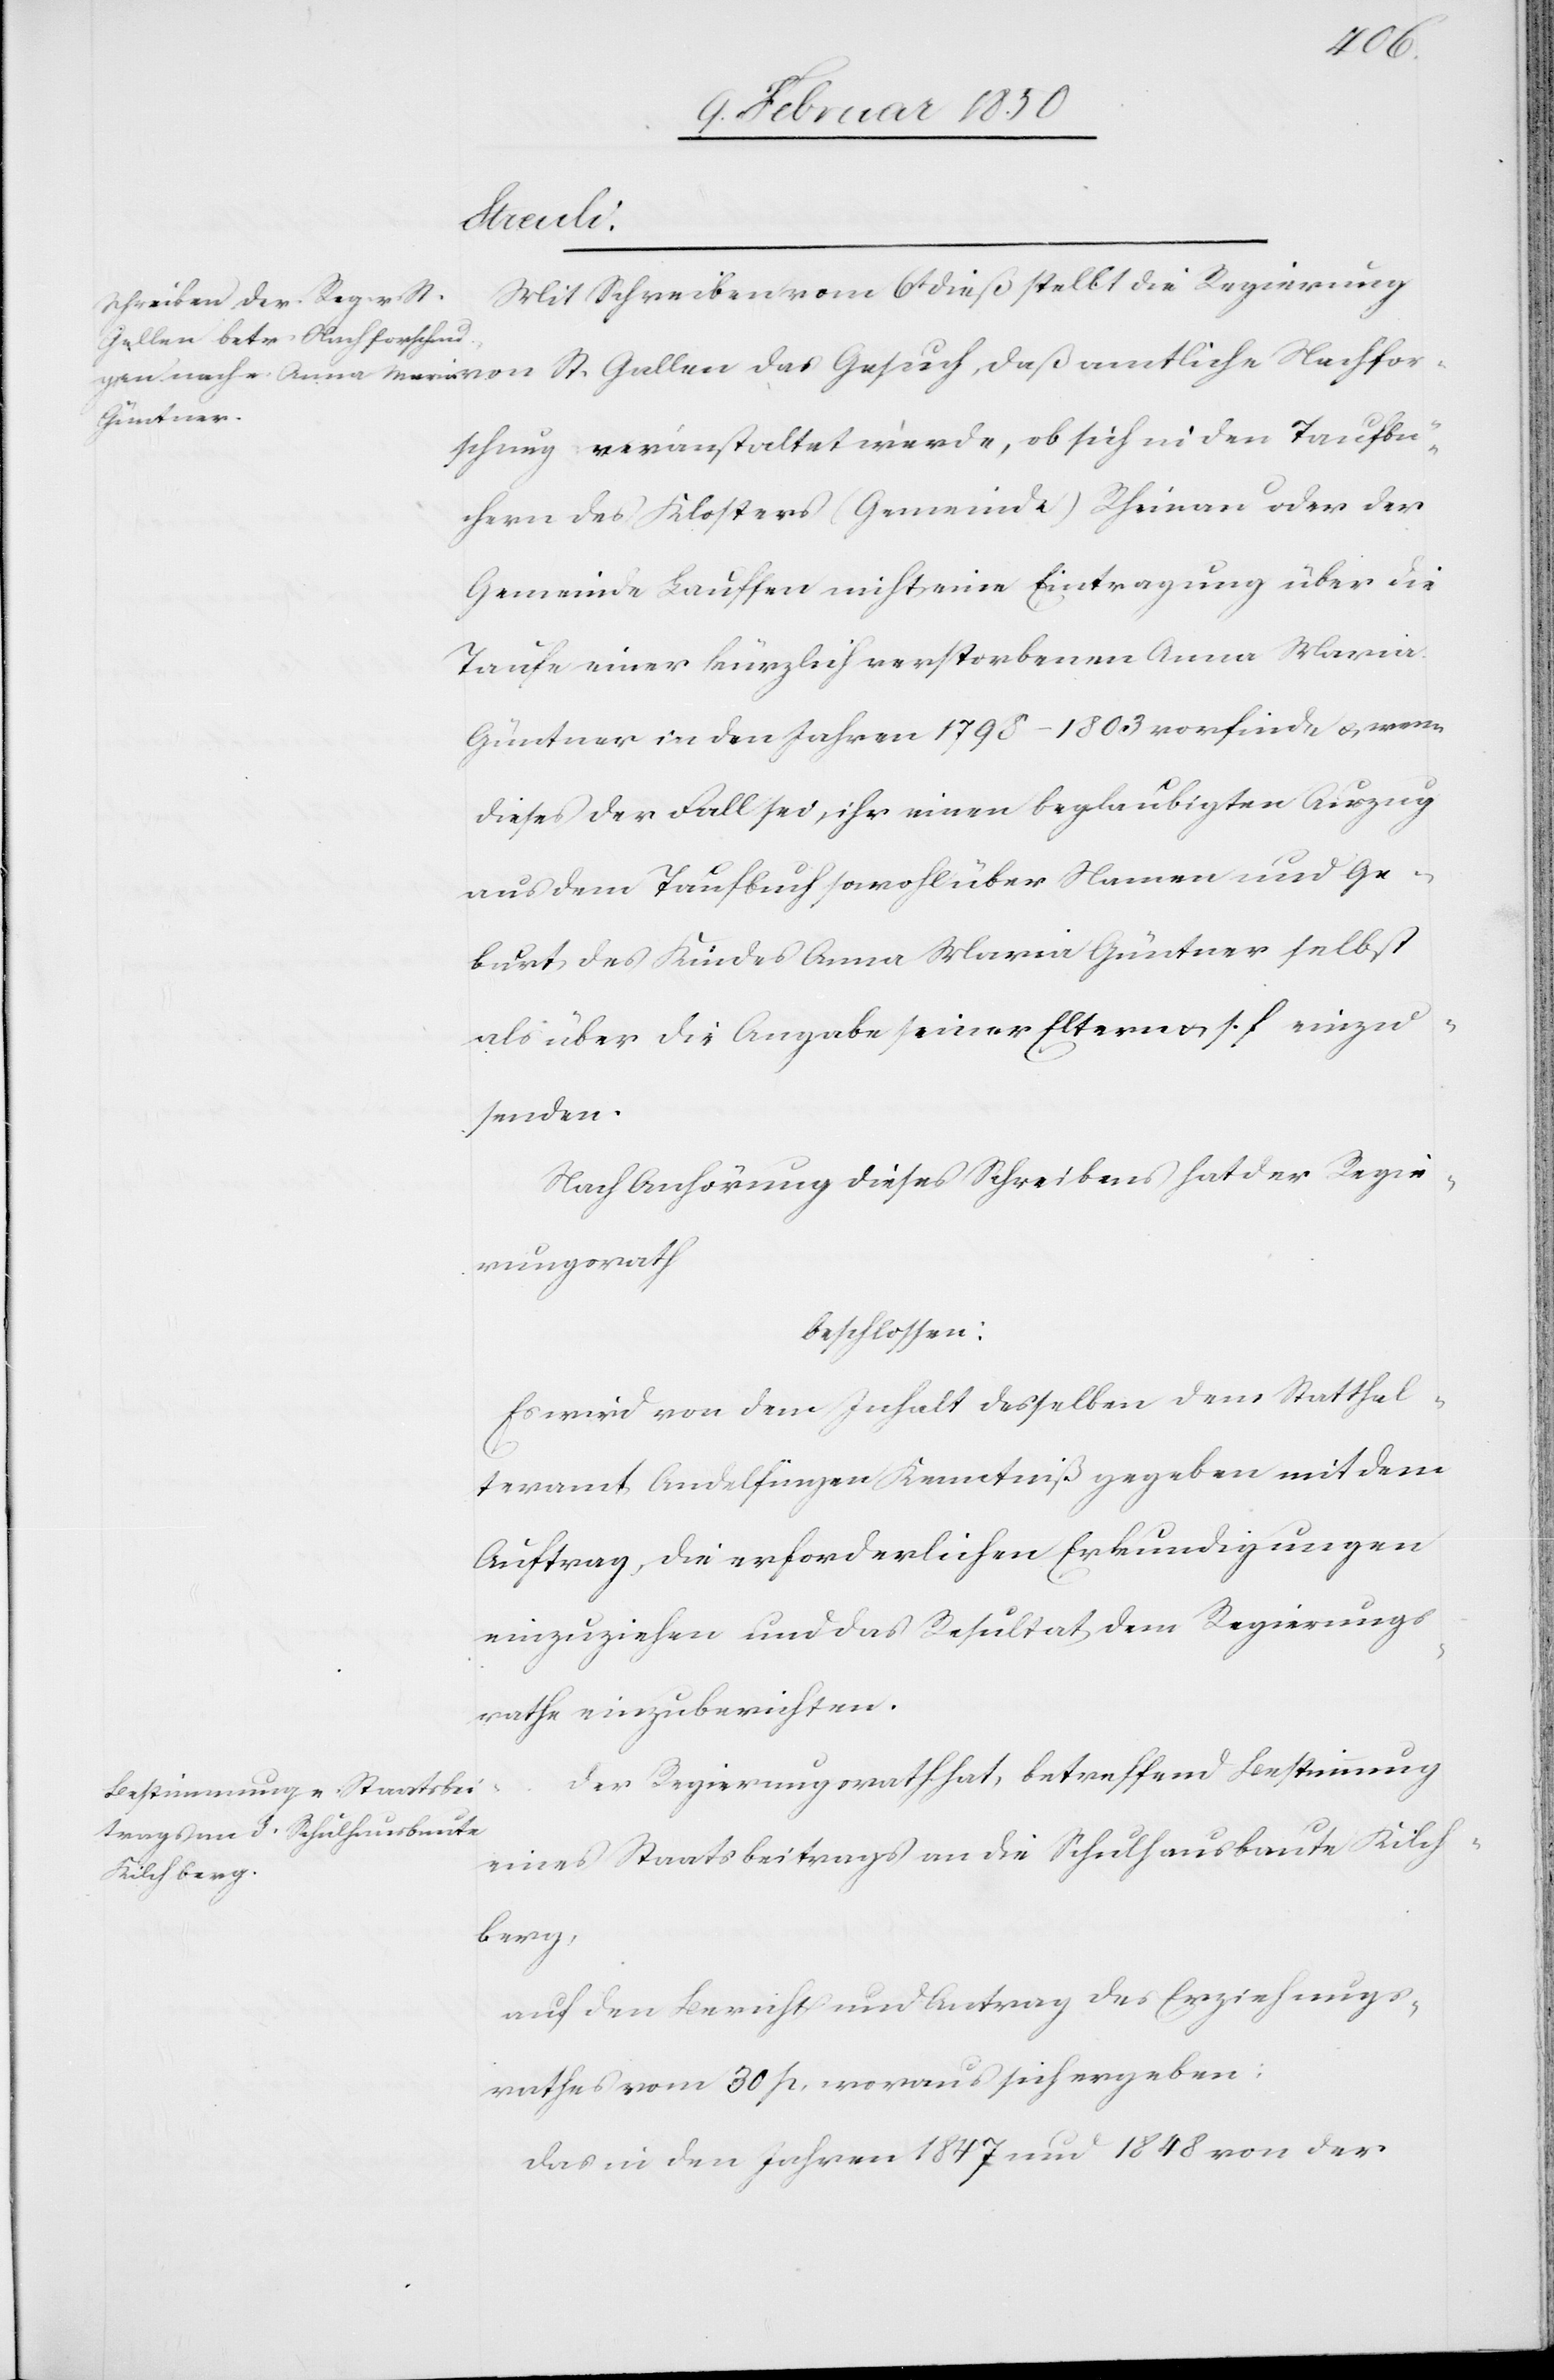
Nachfor¬
Mit Schreiben vom 6t dieß stellt die Regierung
schung veranstaltet werde, ob sich in den Taufbü¬
chern des Klosters (Gemeinde) Rheinau oder der
Gemeinde Lauffen nicht eine Eintragung über die
Taufe einer kürzlich verstorbenen Anna Maria
Güntner in den Jahren 1798–1803 vorfinde u. wenn
dieses der Fall sei, ihr einen beglaubigten Auszug
aus dem Taufbuch sowohl über Namen und Ge¬
burt des Kindes Anna Maria Güntner selbst
als über die Angabe seiner Eltern u. s. f. einzu¬
senden.
Nach Anhörung dieses Schreibens hat der Regie¬
rungsrath
beschlossen:
Es wird von dem Inhalt desselben dem Statthal¬
teramt Andelfingen Kenntniß gegeben mit dem
Auftrag, die erforderlichen Erkundigungen
einzuziehen und das Resultat dem Regierungs¬
rathe einzuberichten.
Der Regierungsrath hat, betreffend Bestimmung
eines Staatsbeitrags an die Schulhausbaute Kilch¬
berg,
auf den Bericht und Antrag des Erziehungs¬
rathes vom 30 p, woraus sich ergeben:
Das in den Jahren 1947 und 1848 von der